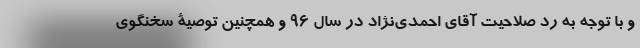
و با توجه به رد صلاحیت آقای احمدی‌نژاد در سال 96 و همچنین توصیۀ سخنگوی